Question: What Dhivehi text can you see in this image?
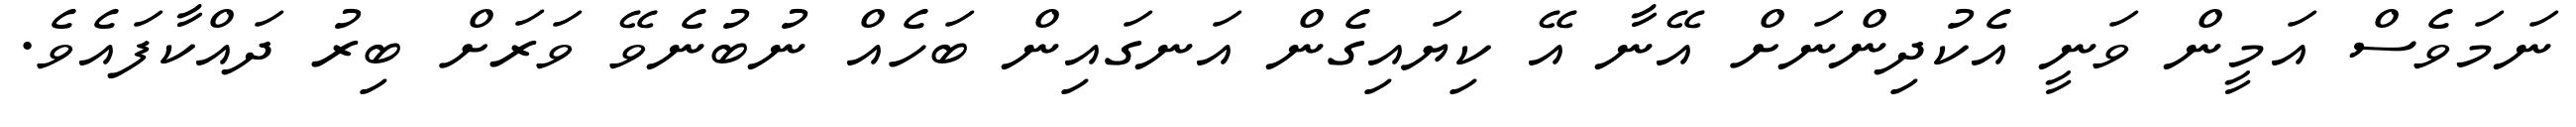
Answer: ނަމަވެސް އަމީން ވަނީ އެކުދިންނަށް އޭނާ އޭ ކިޔައިގެން އަނގައިން ބަހެއް ނުބުނެވޭ ވަރަށް ބިރު ދައްކާފައެވެ.